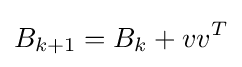
B_{k+1}=B_{k}+vv^{T}